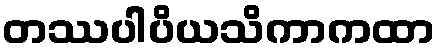
တဿပါပိယသိကာကထာ